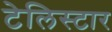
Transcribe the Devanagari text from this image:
टेलिस्टार